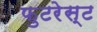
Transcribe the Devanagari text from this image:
फुटरेस्ट